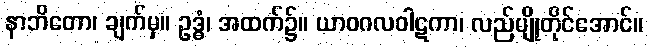
နာဘိတော၊ ချက်မှ။ ဥဒ္ဓံ၊ အထက်၌။ ယာဝဂလဝါဋကာ၊ လည်မျိုတိုင်အောင်။